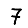
Digit: 7